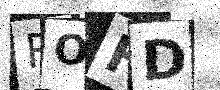
Text: ROHD